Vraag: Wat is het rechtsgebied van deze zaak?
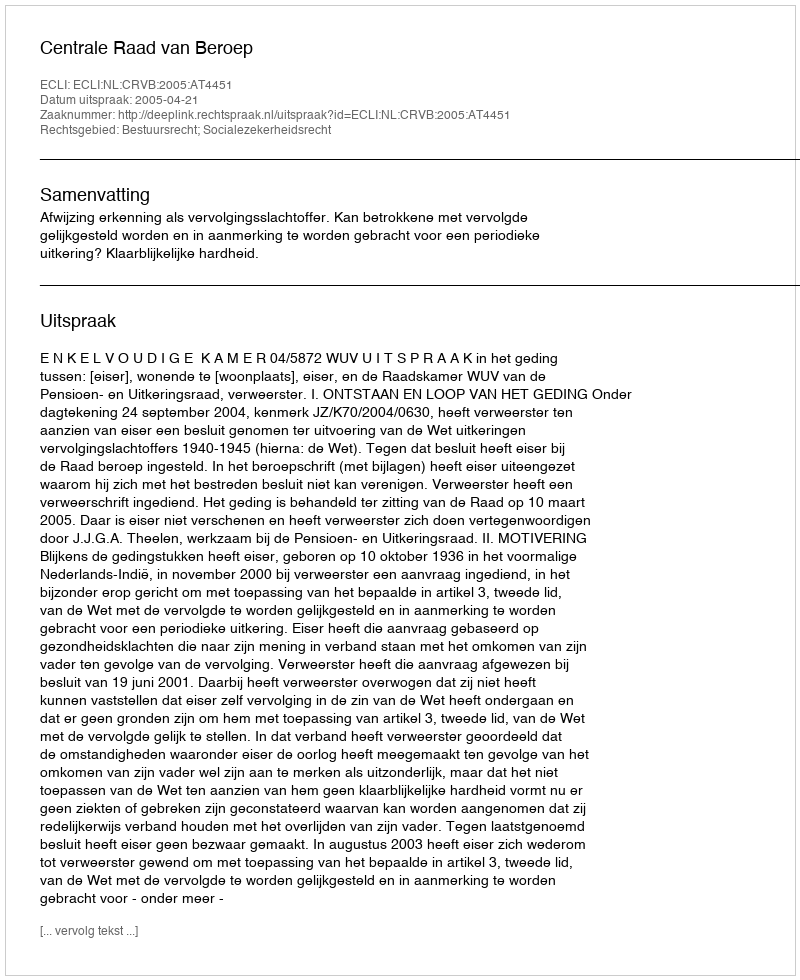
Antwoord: Bestuursrecht; Socialezekerheidsrecht